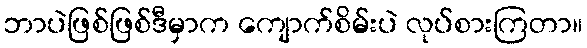
ဘာပဲဖြစ်ဖြစ်ဒီမှာက ကျောက်စိမ်းပဲ လုပ်စားကြတာ။